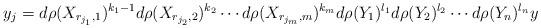
LaTeX: \begin{align*}y_j=d\rho(X_{r_{j_1},1})^{k_1-1} d\rho(X_{r_{j_2},2})^{k_2}\cdots d\rho(X_{r_{j_m},m})^{k_m} d\rho(Y_{1})^{l_1} d\rho(Y_2)^{l_2}\cdots d\rho(Y_n)^{l_n}y\end{align*}